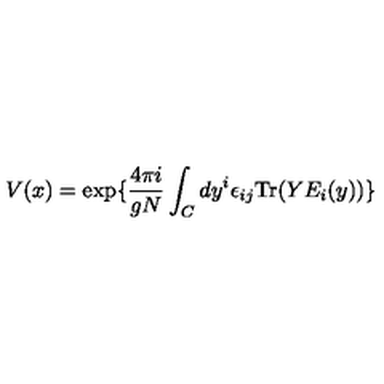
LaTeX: V ( x ) = \exp \{ { \frac { 4 \pi i } { g N } } \int _ { C } d y ^ { i } \epsilon _ { i j } \mathrm { T r } ( Y E _ { i } ( y ) ) \}